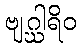
ဗျဂ္ဃါရိဝ